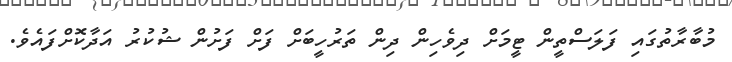
މުބާރާތުގައި ފަލަސްތީން ޓީމަށް ދިވެހިން ދިން ތަރުހީބަށް ފަށް ފަށުން ޝުކުރު އަދާކޮށްފައެވެ.